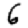
Digit: 6